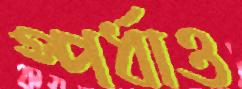
স্পর্ধাও